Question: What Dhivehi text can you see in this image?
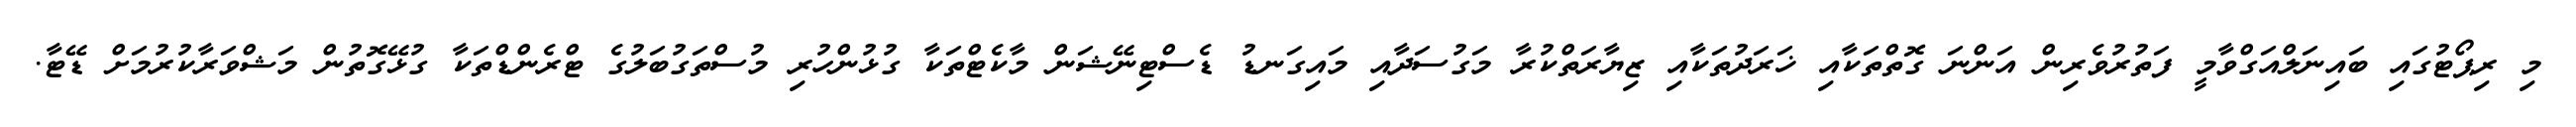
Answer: މި ރިޕޯޓުގައި ބައިނަލްއަގްވާމީ ފަތުރުވެރިން އަންނަ ގޮތްތަކާއި ޚަރަދުތަކާއި ޒިޔާރަތްކުރާ މަގުސަދާއި މައިގަނޑު ޑެސްޓިނޭޝަން މާކެޓްތަކާ ގުޅުންހުރި މުސްތަގުބަލުގެ ޓްރެންޑްތަކާ ގުޅޭގޮތުން މަޝްވަރާކުރުމަށް ޑޭޓާ.